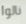
نالوا